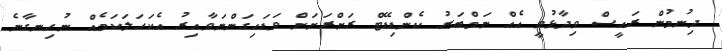
ދިނުމުން ރައީސް ވިދާޅުވީ އެއް ނަމްބަރު ކެންޑިޑޭޓް ރަށްރަށަށް ވަޑައިގަންނަވާއިރު އެކަހަލަކަމެއް ނުހިނގާނެ